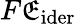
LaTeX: F\mathfrak{E}_{\mathrm{{{ider}}}}